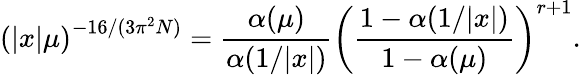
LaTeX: \left(|x|\mu\right)^{-16/(3\pi^{2}N)}={\frac{\alpha(\mu)}{\alpha(1/|x|)}}\left({\frac{1-\alpha(1/|x|)}{1-\alpha(\mu)}}\right)^{r+1}.